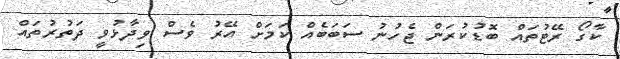
ކާގޯ ރޭޓުތައް ބޮޑުކުރަން ޖެހުނު ސަބަބެއް ކަމަށް އޭރު ވެސް ވިދާޅުވީ ދަތުރުތައް